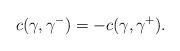
LaTeX: \begin{align*} c(\gamma,\gamma^-)=-c(\gamma,\gamma^+).\end{align*}